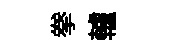
拳轤